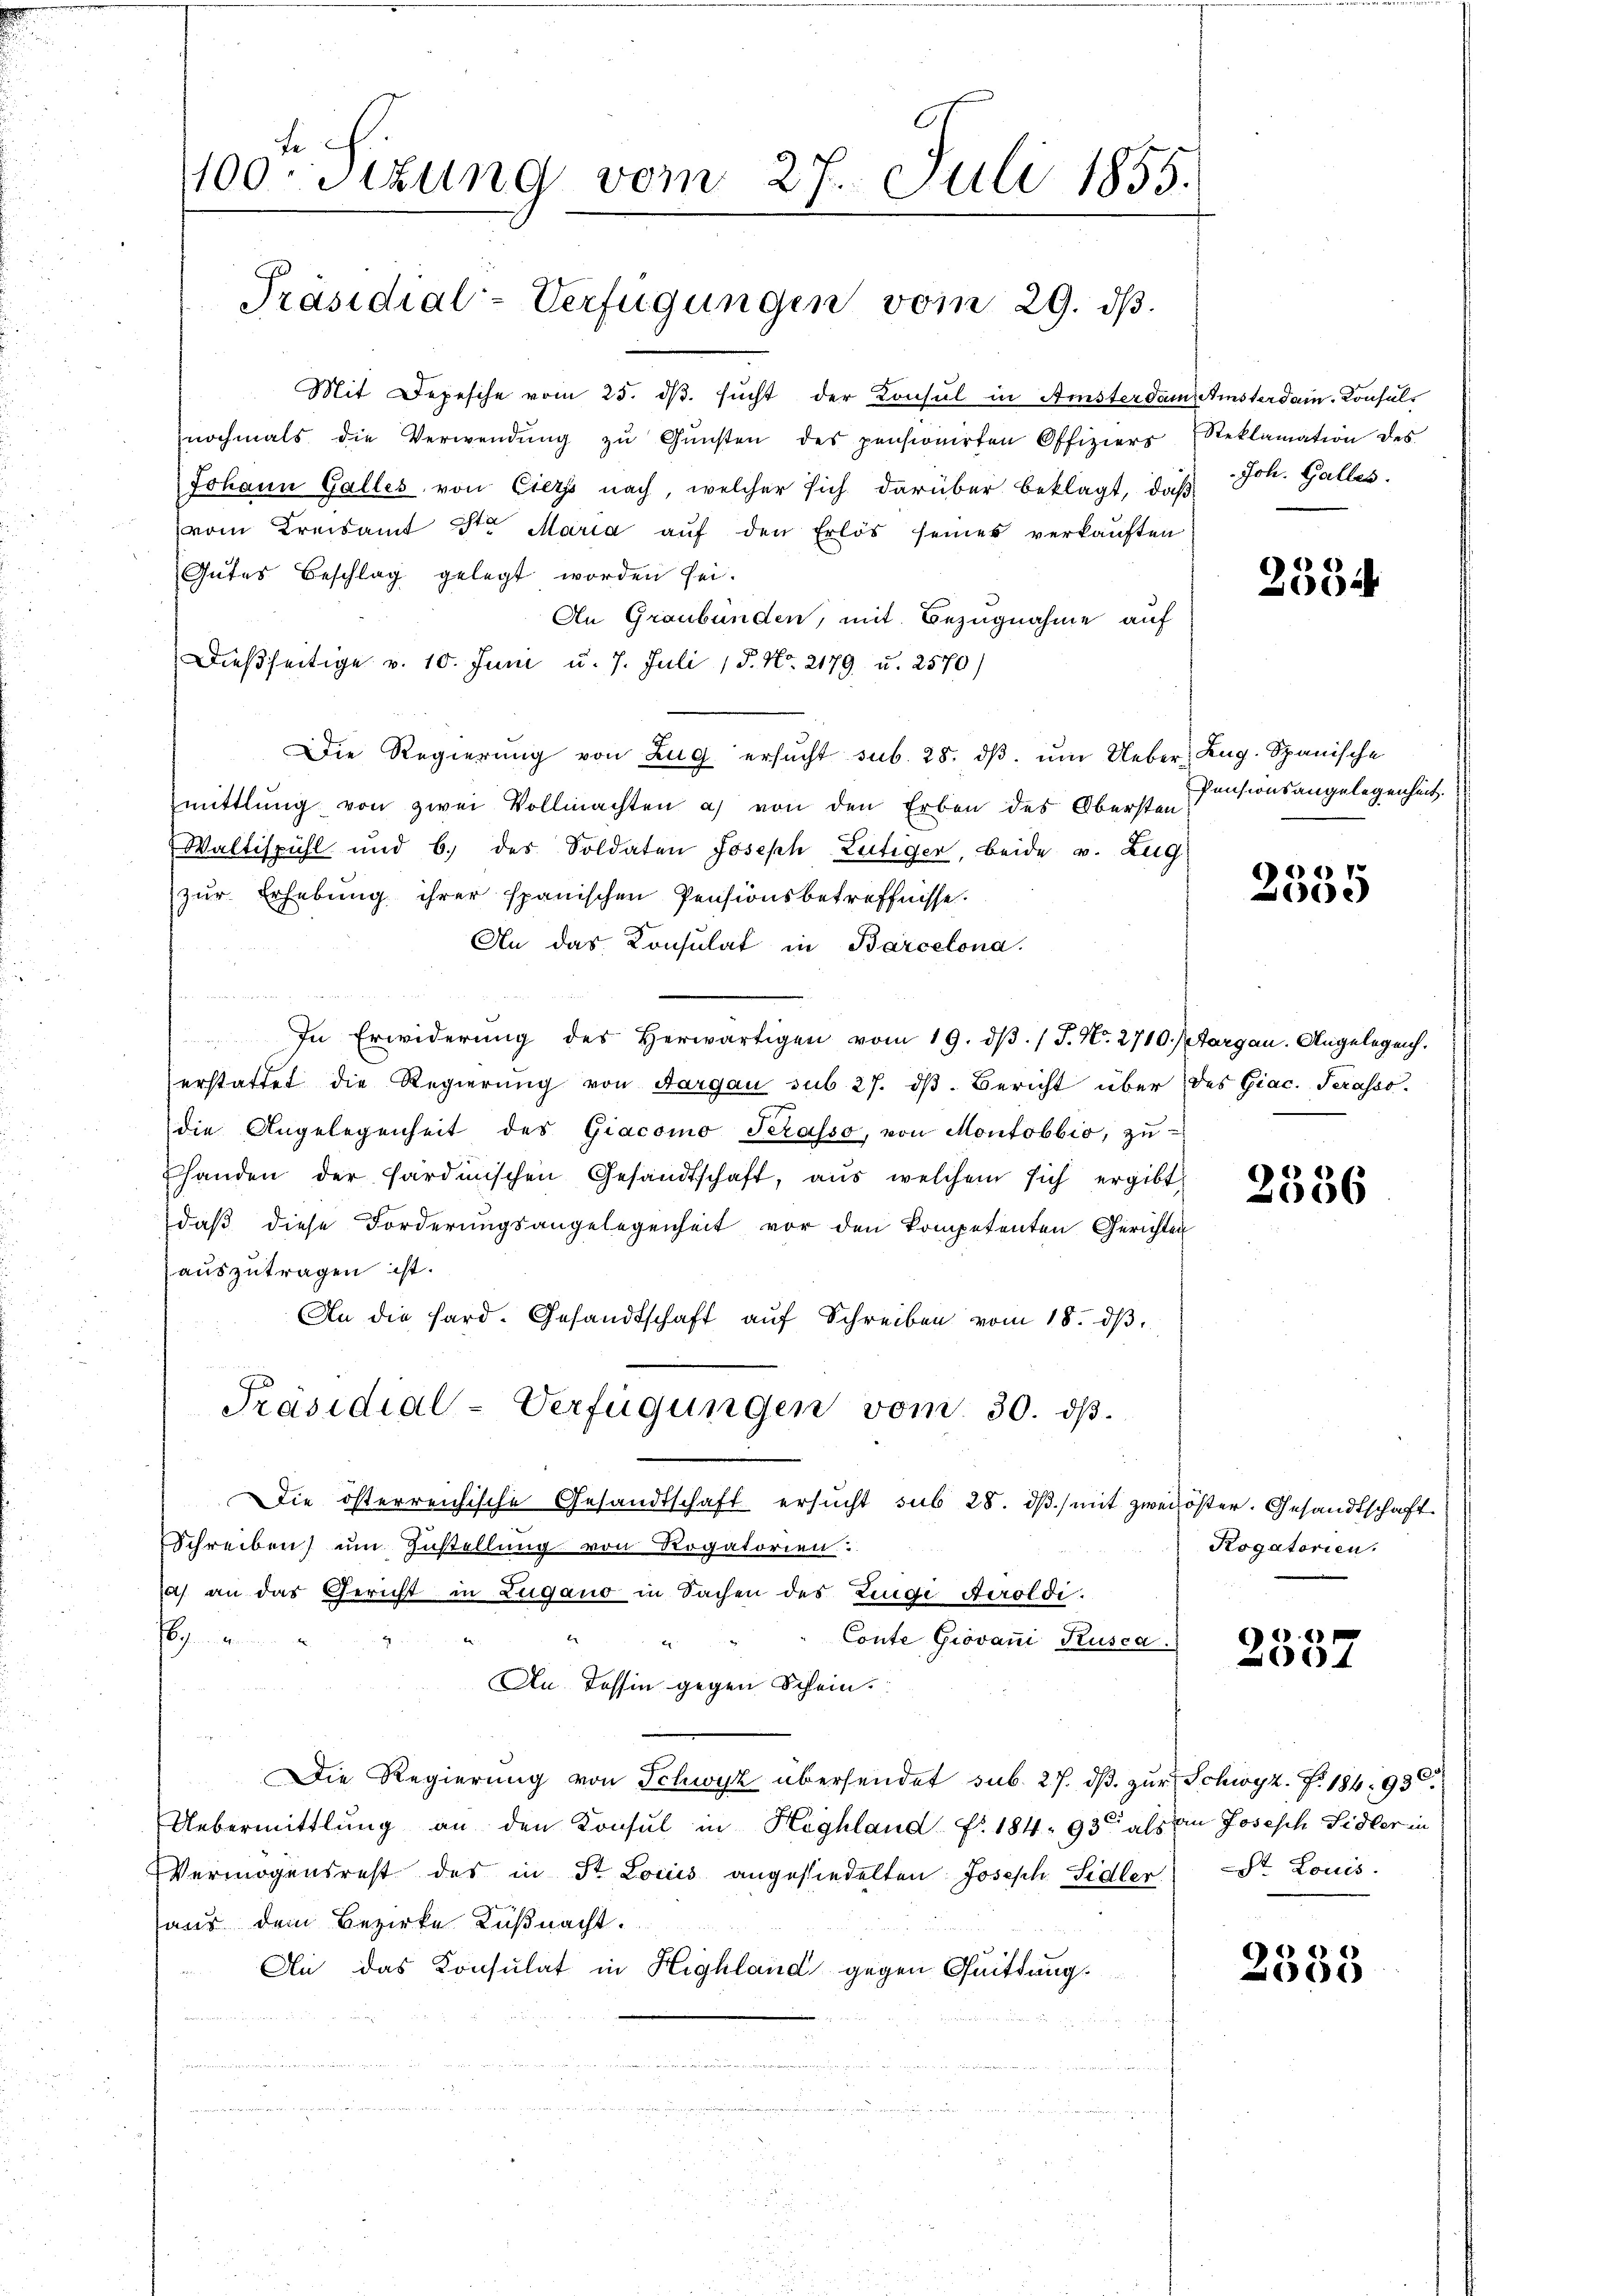
fe
400-Sizung vom 27. Juli 1855.

Präsidial-Verfügungen vom 29. dβ.

Mit Depesche vom 25. dβ. sucht der Konsul in Amsterdam
nochmals die Verwendung zu Gunsten des pensionirten Offiziers
Johann Galles von Eiers nach, welcher sich darüber beklagt, daß
vom Kreisamt der Maria aŭf den Erlös seines verkaŭften
Gutes Beschlag gelegt worden sei.
An Graubünden, mit Bezugnahme auf
Dießseitige v. 10. Juni u. 7. Juli 15. No. 2179 u. 2570/
Die Regierung von Zug ersucht sub. 28. dβ, um Ueber, Zug. Spanische
zmittlung von zwei Vollmachten a) von den Erben des Obersten
Waltispühl und 6. des Soldaten Joseph Leitiger, beide v. Zug
zur Erhebung ihrer spanischen Pensionsbetreffnisse.
An das Konsulat in Barcelona.
In Erwiderŭng des herwärtigen vom 19. dβ. / J. N. 2710. Margau. Angelegen.
erstattet die Regierung von Aargau sub 27. dβ. Bericht über des Giac. Serasso
die Angelegenheit des Giacomo Serasso, von Montobbio, zu-
handen der Sardinischen Gesandtschaft, aus welchem sich ergibt,
daß diese Forderungsangelegenheit vor den kompetenten Gerichten
auszutragen ist.
An die Hard. Gesandtschaft auf Schreiben vom 18. dβ.
Präsidial-Verfügungen vom 30. dβ.
Die österreichische Gesandtschaft ersucht sub 28. dβ mit zweiöster. Gesandtschaft
Schreiben, um Zustellung von Rogatorien.
a) an das Gericht in Zugano in Sachen des Zinge Aeroldi.

b
Conte Giovani Rusca.
g
An dessin gegen Schein
Die Regierŭng von Schwyz übersendet sub. 27. dβ zŭr Schwyz. Z. 184. 93.
Uebermittlung an den Konsul in Highland fr. 184. 93 als an Joseph Sidler in
Vermögensrest des in St. Louis angesiedelten Joseph Sidler) St. Louis
aus dem Bezirke Küßnacht.
An das Konsulat in Highland gegen Quittung

Amsterdam Konsul-
Reklamation des
Joh. Galles.

2554

Pensionsangelegenheit.

26)
e)

2336

Rogatorien,

87
2537

2535